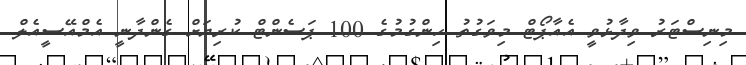
މިނިސްޓަރު ވިދާޅުވީ އެއާޕޯޓް މިވަގުތު ހިންގުމުގެ 100 ޕަސެންޓް ކުރިޔަށް ގެންދާނީ އެމްއޭސީއެލް